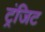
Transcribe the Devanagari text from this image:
ट्रंजिट